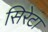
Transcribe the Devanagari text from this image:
सिरेटा